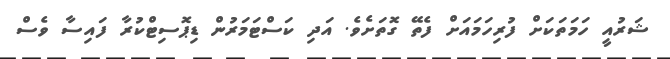
ޝަރުއީ ހަމަތަކަށް ފުރިހަމައަށް ފެތޭ ގޮތަށެވެ. އަދި ކަސްޓަމަރުން ޑިޕޮސިޓްކުރާ ފައިސާ ވެސް